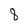
Character: 8